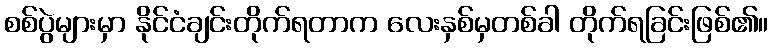
စစ်ပွဲများမှာ နိုင်ငံချင်းတိုက်ရတာက လေးနှစ်မှတစ်ခါ တိုက်ရခြင်းဖြစ်၏။